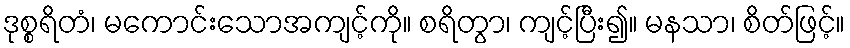
ဒုစ္စရိတံ၊ မကောင်းသောအကျင့်ကို။ စရိတွာ၊ ကျင့်ပြီး၍။ မနသာ၊ စိတ်ဖြင့်။